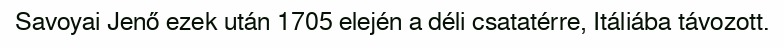
Savoyai Jenő ezek után 1705 elején a déli csatatérre, Itáliába távozott.